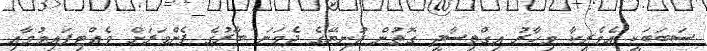
ސަބަބަކީ އެމެރިކާ މިހާރު އިގްތިސާދީ ގޮތުން ދުނިޔޭގެ ދެވަނަ ބާރުގެ ފެންވަރަށް ވެއްޓިފައިވުމާއި